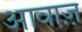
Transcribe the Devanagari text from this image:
आवाज़़